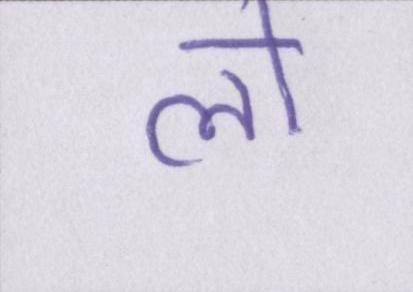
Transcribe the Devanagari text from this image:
लो